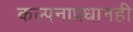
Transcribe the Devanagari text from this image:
कल्पनाप्रधानही